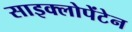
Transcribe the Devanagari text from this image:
साइक्लोपेंटेन